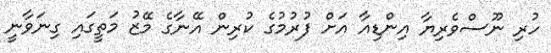
ހުރި ނޫސްވެރިޔާ އިންޑިއާ އަށް ފުރުމުގެ ކުރިން އޭނާގެ މޭޒު މަތީގައި ގިނަވާނީ